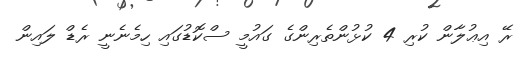
ރޭ އިޢުލާން ކުރި 4 ކުޅުންތެރިންގެ ގައުމީ ސްކޮޑުގައި ހިމެނެނީ ރެޑް ލައިން